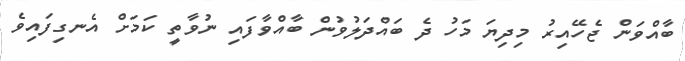
ބާއްވަން ޖެހޭއިރު މިދިޔަ މަހު ދެ ބައްދަލުވުން ބާއްވާފައި ނުވާތީ ކަމަށް އެނގިފައިވެ